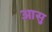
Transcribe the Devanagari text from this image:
आसु